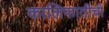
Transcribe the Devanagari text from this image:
कालिफातीची